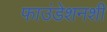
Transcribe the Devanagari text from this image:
फाउंडेशनशी